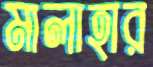
মালাহার